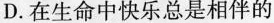
D.在生命中快乐总是相伴的